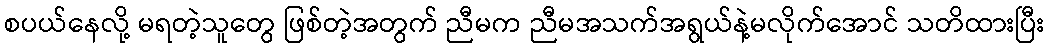
စပယ်နေလို့ မရတဲ့သူတွေ ဖြစ်တဲ့အတွက် ညီမက ညီမအသက်အရွယ်နဲ့မလိုက်အောင် သတိထားပြီး